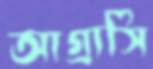
আগ্রাসি